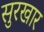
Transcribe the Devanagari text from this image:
सुरखार